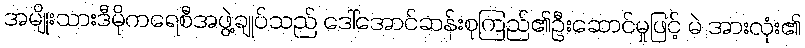
အမျိုးသားဒီမိုကရေစီအဖွဲ့ချုပ်သည် ဒေါ်အောင်ဆန်းစုကြည်၏ဦးဆောင်မှုဖြင့် မဲ အားလုံး၏